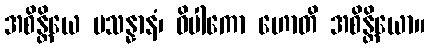
အစိန္တိယေ ပသန္နာနံ၊ ဝိပါကော ဟောတိ အစိန္တိယော။